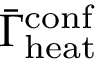
\bar { \Gamma } _ { \mathrm { h e a t } } ^ { \mathrm { c o n f } }